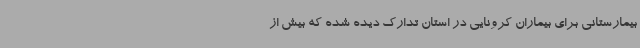
بیمارستانی برای بیماران کرونایی در استان تدارک دیده شده که بیش از